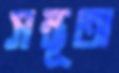
সম্ভূতা